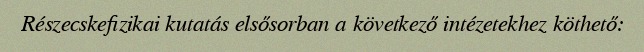
Részecskefizikai kutatás elsősorban a következő intézetekhez köthető: